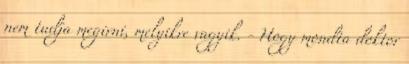
nem tudja megirni, melyikre vagyik. - Hogy mondta doktor